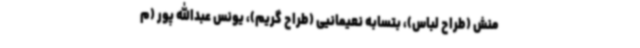
منش (طراح لباس)، بتسابه نعیمانیی (طراح گریم)، یونس عبدالله پور (م